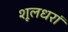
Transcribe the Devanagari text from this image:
शूलधरां